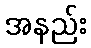
အနည်း